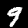
Label: 9